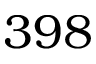
3 9 8